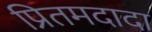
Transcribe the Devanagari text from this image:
प्रितमदादा